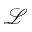
\mathcal L